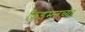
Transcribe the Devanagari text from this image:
फ्रिडमनच्या